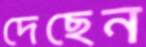
দেছেন